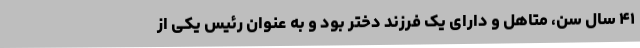
۴۱ سال سن، متاهل و دارای یک فرزند دختر بود و به عنوان رئیس یکی از